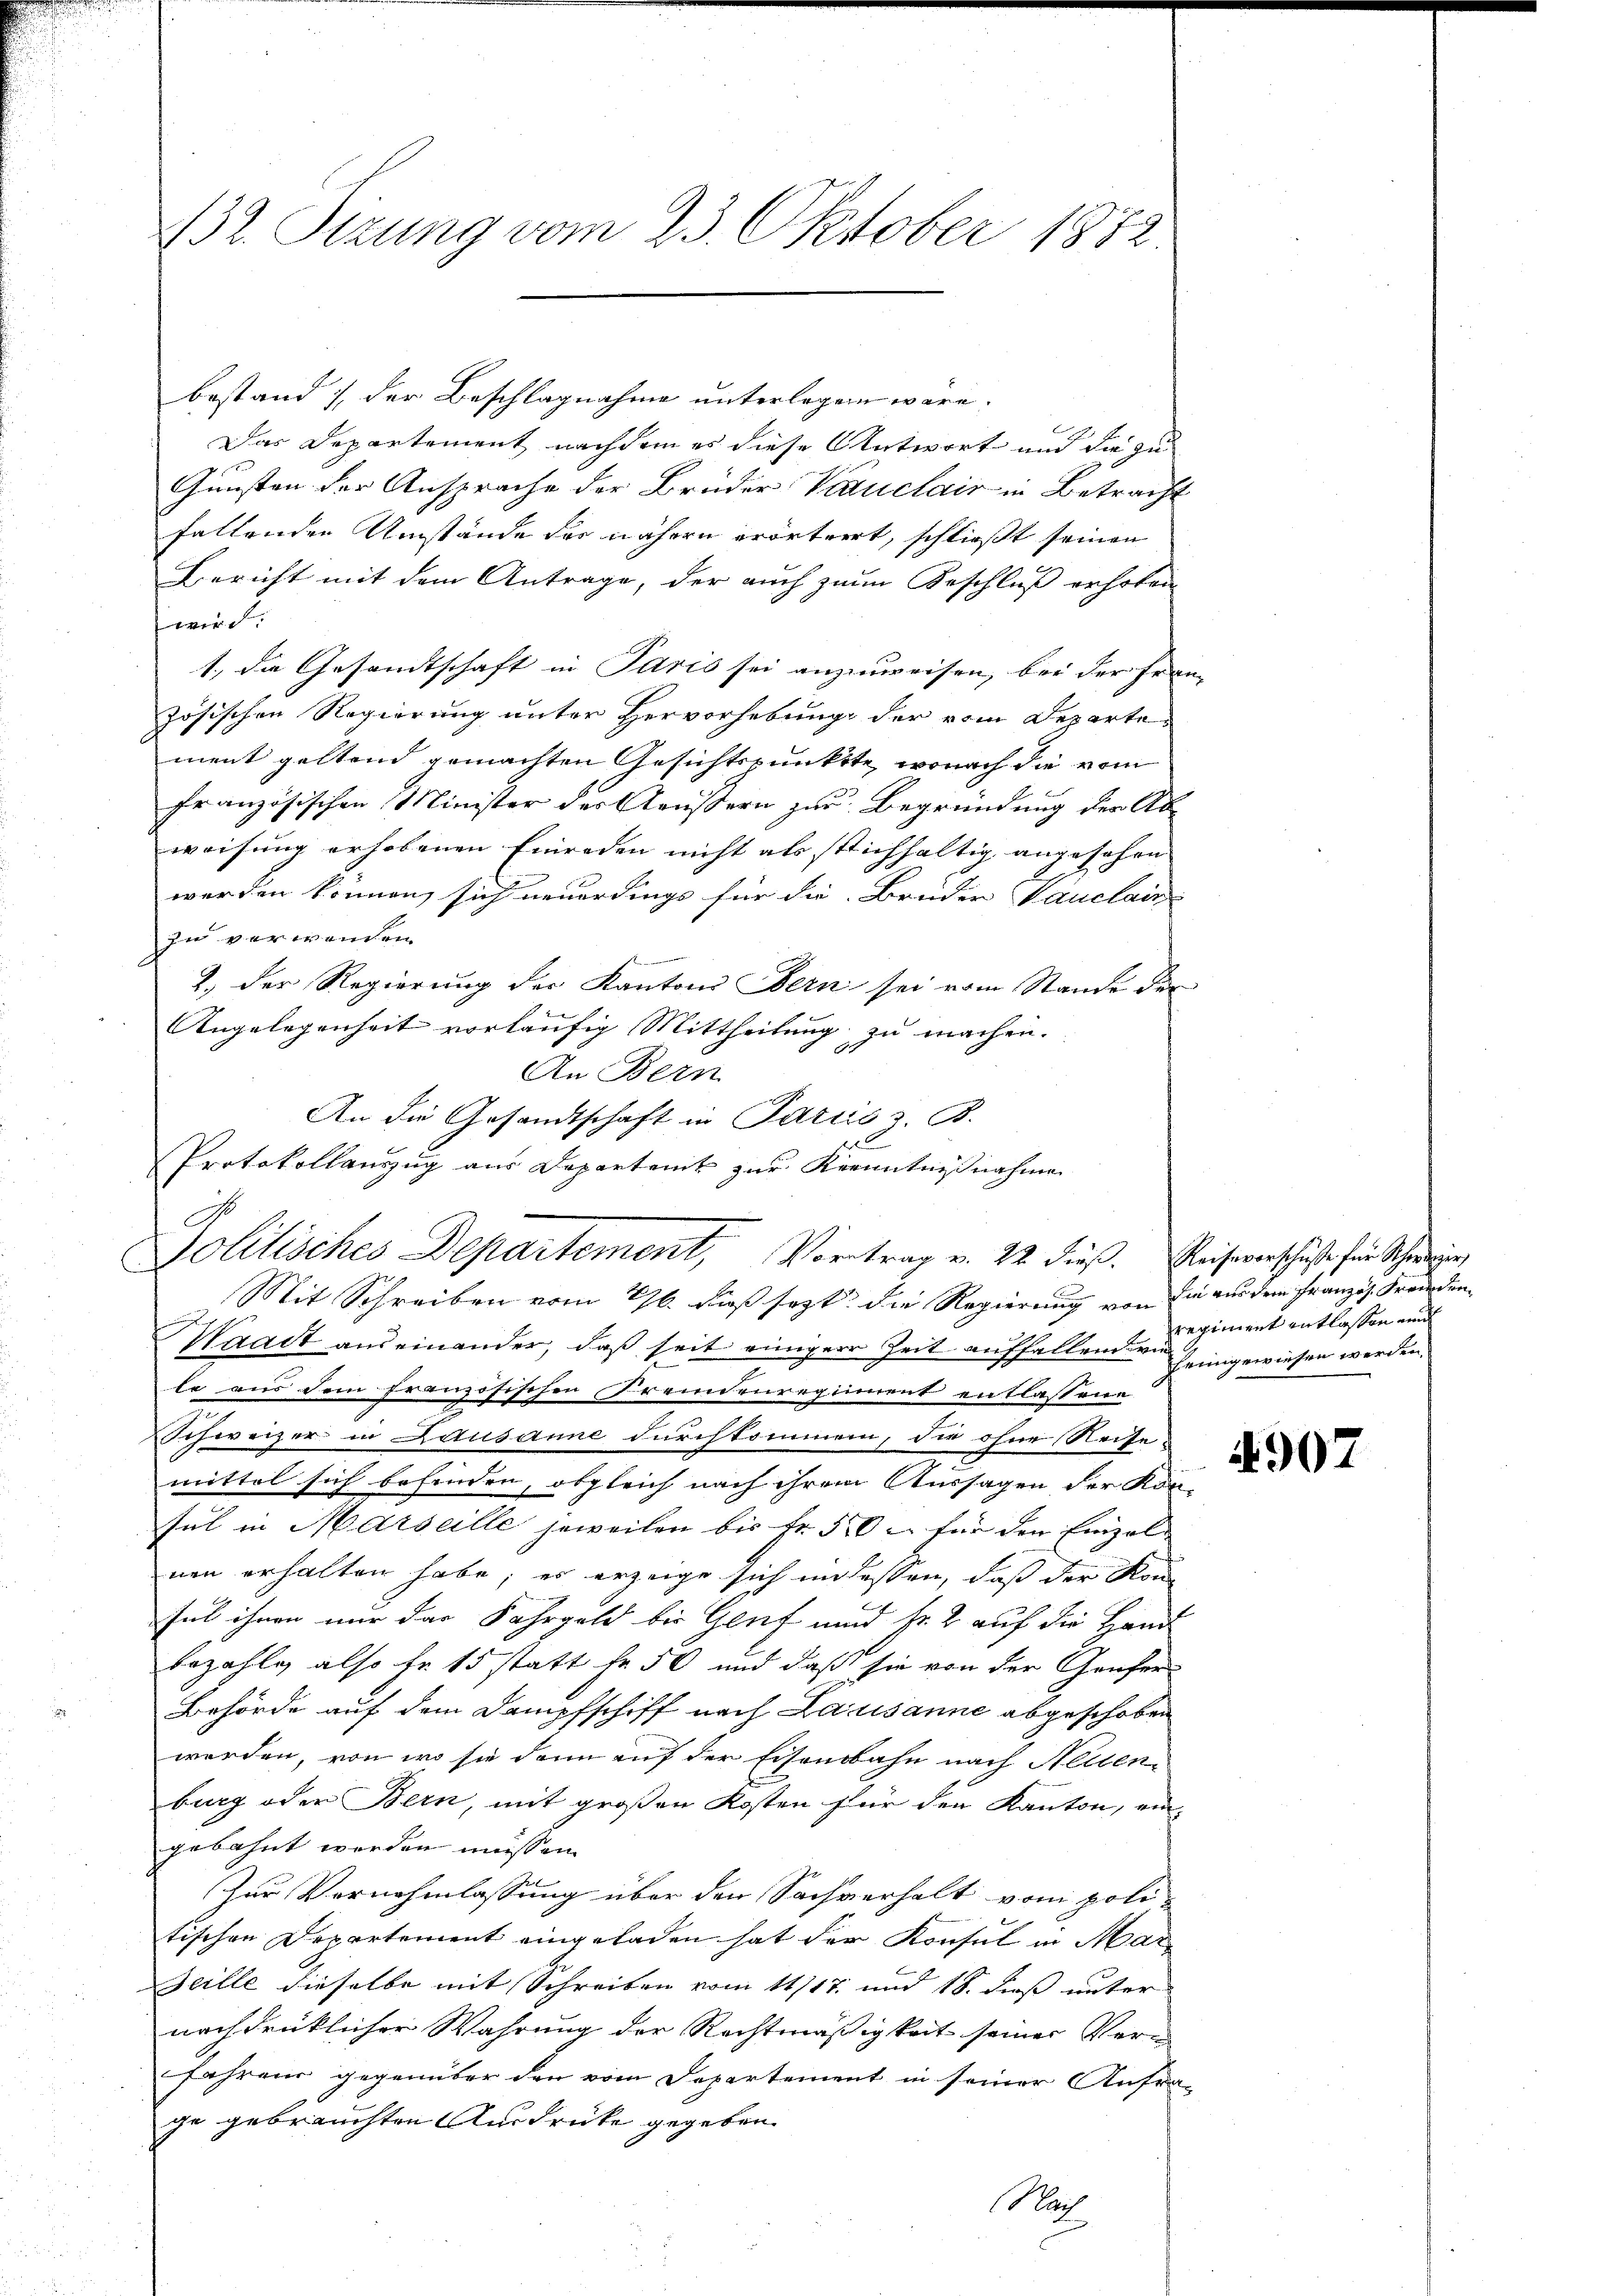
Br. Sitzung vom 23. Oktober 1882

bestand der Beschlagnahme unterlegen wäre.
Das Departement nachdem es diese Antwort und die zu
Gunsten der Ansprache der Brüder Vauclair in Betracht
faltenden Umstände der nähern erörtert, schließt seinen
Bericht mit dem Antrage, der auch zum Beschluß erhoben
wird.
1.) die Gesandtschaft in Paris sei anzuweisen, bei der Frau
zösischen Regierung unter Hervorhebung der vom Departe
ment geltend gemachten Gesichtspunkte, wonach die vom
französischen Minister des Aeussern zur Begründung der Abweisung erhobenen Einreden nicht als stichhaltig angesehen
werden können, sich neuerdings für die Brüder Vauclain
zu verwenden
1) der Regierung der Kanton Obern sei vom Stande der
Angelegenheit vorläufig Mittheilung zu machen.
An Bern
An die Gesandtschaft in Pariis z. B.
2
Protokollauszug aus Departamt zur Kenntnißnahme
Mit Schreiben vom 16. daß sezt die Regierung von die aus dem Französ. Freunden
Waadt auseinander, daß seit einiger Zeit auffallend wie
n
le aus dem französischen Fremdenregiment entlassene
Schweizer in Actusanne durchkommen, die ohne Reise
mittel sich befinden, obgleich nach ihrem Aussagen der Kon-
sul in Marseille jeweilen bis fr. 50 – für den Einzelnen erhalten habe; es erzeige sich in dessen, daß der Kon
sat ihnen nur das Fahrgeld bis Genf und sr. 2 auf die Hand
bezahle, also fr. 15 statt fr. 50 und daß sie von der Genfer¬
Behörde auf dem Dampfschiff nach Lausanne abgeschoben
werden, von wo sie dann auf der Eisenbahn nach Altenburg oder Bern, mit großen Kosten für den Kanton, ein-
gebahnt werden müssen.
Zur Vernehmlassung über den Sachverhalt vom poli-
tischen Departement eingeladen hat der Konsul in Mar¬
Zeille dieselbe mit Schreiben vom 11/17. und 18. dieß unter
nach drücklicher Wahrung der Rechtmäßigkeit seiner Verfahrend gegenüber den vom Departement in seiner Anfrage gebrauchten Ausdrücke gegeben.
Nach

Politisches Departement, Vortrag v. 22. dieß. Reiseverschuss für Schweizer

regiment entlassen und
eingewiesen werden,

1907